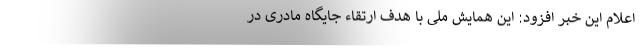
اعلام این خبر افزود: این همایش ملی با هدف ارتقاء جایگاه مادری در